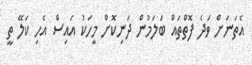
އެތަނަށް ވަދެ ފޮތްތައް ބަލަމުން ދަނިކޮށް މީހަކު އައިސް އެހި ކަލޭ ތީ